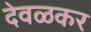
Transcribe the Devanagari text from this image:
देवळकर